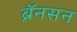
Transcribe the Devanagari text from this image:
ब्रॅनसन